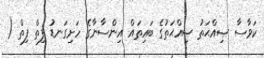
ކަވާސާ ޞިއްޙަތު ޞިއްޙަތުގެ ބައިތައް އިންސާނާގެ ހަށިގަނޑު ފިތް ފިތް (